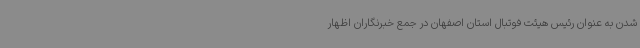
شدن به عنوان رئیس هیئت فوتبال استان اصفهان در جمع خبرنگاران اظهار